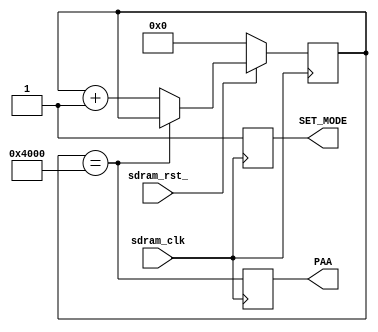
// This program was cloned from: https://github.com/DreamSourceLab/DSLogic-hdl
// License: GNU General Public License v2.0

/*
 * This file is part of the DSLogic-hdl project.
 *
 * Copyright (C) 2014 DreamSourceLab <support@dreamsourcelab.com>
 *
 * This program is free software; you can redistribute it and/or modify
 * it under the terms of the GNU General Public License as published by
 * the Free Software Foundation; either version 2 of the License, or
 * (at your option) any later version.
 *
 * This program is distributed in the hope that it will be useful,
 * but WITHOUT ANY WARRANTY; without even the implied warranty of
 * MERCHANTABILITY or FITNESS FOR A PARTICULAR PURPOSE.  See the
 * GNU General Public License for more details.
 *
 * You should have received a copy of the GNU General Public License
 * along with this program; if not, write to the Free Software
 * Foundation, Inc., 51 Franklin St, Fifth Floor, Boston, MA  02110-1301 USA
 */

`timescale 1ns/10ps

module sdram_init (
    // -- Clock & Reset
    input       sdram_clk,
    input       sdram_rst_,
    // -- CKE
//    input       CKE_IN,
//    output  reg CKE_OUT,
    // -- init output signals
    output  reg PAA = 0,
    output  reg SET_MODE
);

parameter
    INIT_CNT        = 16'h4000,
    INIT_HALF_CNT   = INIT_CNT >> 1;
    
/********************************************************/
// --  Internal Signals                                   

reg     [15:0]  init_counter;
wire    init_counter_done;
//wire    init_counter_half_done;
assign init_counter_done = (init_counter == INIT_CNT);
//assign init_counter_half_done = (init_counter > INIT_HALF_CNT);
always @(posedge sdram_clk) begin
    if (!sdram_rst_)
        init_counter <= 'b0;
    else if (!init_counter_done)
        init_counter <= init_counter + 1'b1;
end

// -- Generate CKE_OUT
//always @(negedge sdram_clk or negedge sdram_rst_) begin
//    if (!sdram_rst_)
//        CKE_OUT <= 1'b0;
//    else
//        CKE_OUT <= CKE_IN && init_counter_half_done;
//end
        
// -- Generate PAA
// -- Wait at least 100us after providing stable sdram CLOCK signal
always @(posedge sdram_clk) begin
        PAA <= init_counter_done;
end        

// -- Generate SET_MODE
always @(posedge sdram_clk) begin
        SET_MODE <= 1'b1;
end

        
endmodule /* module sdram_init (*/